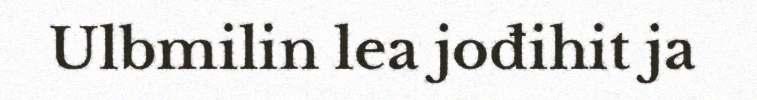
Ulbmilin lea jođihit ja